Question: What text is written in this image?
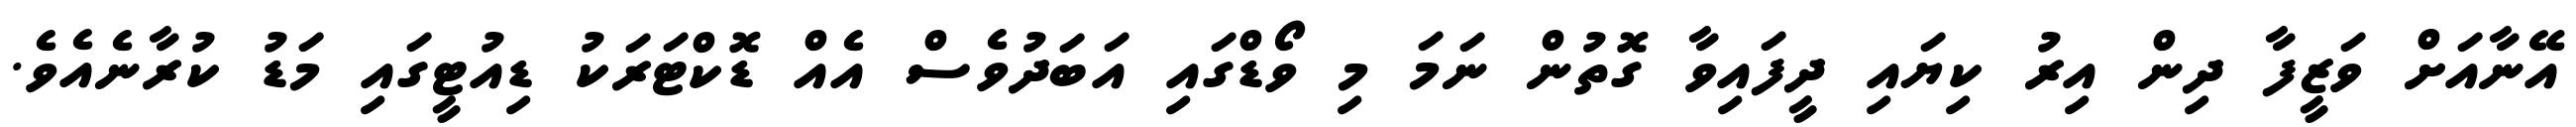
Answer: އޭނާއަށް ވަޒީފާ ދިން އިރު ކިޔައި ދީފައިވާ ގޮތުން ނަމަ މި ވޯޑްގައި އަބަދުވެސް އެއް ޑޮކްޓަރަކު ޑިއުޓީގައި މަޑު ކުރާނެއެވެ.